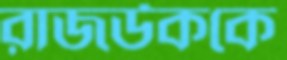
রাজউককে